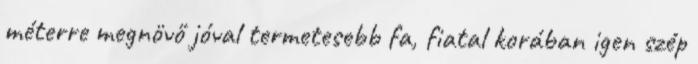
méterre megnövő jóval termetesebb fa, fiatal korában igen szép